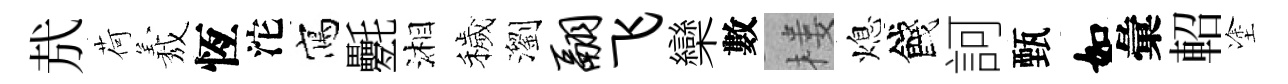
㢤荷𦏁恆沱寫氎湘穢瀏翮飞欒數楼熄餞訶甄如彙軺塗